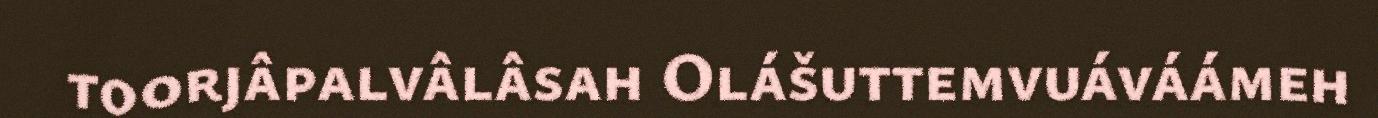
toorjâpalvâlâsah Olášuttemvuáváámeh